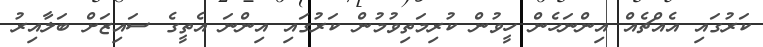
ކަރުގައި އެއްޗެއް އިންނަހެން ހީވުން ކުރިމަތިވުމުން ކަރުގައި އިންނަ އެތީގެ ސައިޒަށް ބަލާއިރު